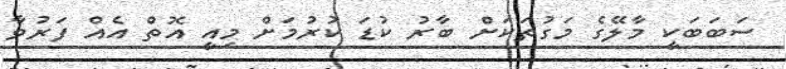
ސަބަބަކީ މާލޭގެ މަގުތަކަށް ބާރު ކުޑަ ކުރުމަށް މިއީ އޮތް އެއް ފަރުވާ